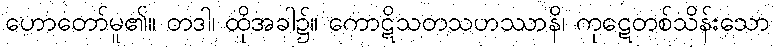
ဟောတော်မူ၏။ တဒါ၊ ထိုအခါ၌။ ကောဋိသတသဟဿာနိ၊ ကုဋေတစ်သိန်းသော